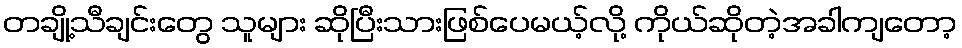
တချို့သီချင်းတွေ သူများ ဆိုပြီးသားဖြစ်ပေမယ့်လို့ ကိုယ်ဆိုတဲ့အခါကျတော့